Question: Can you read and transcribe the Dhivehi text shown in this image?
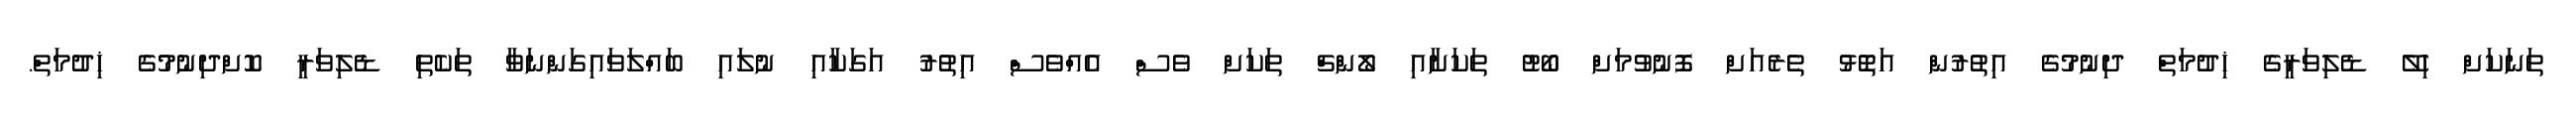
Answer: ތަނަކަށް ހިލޭ ޑެލިވަރީގެ ޚިދުމަތް ދިނުމުގެ އިތުރުން އަތޮޅު ތެރެއަށް ފޮނުވުމަށް ބޯޓު ތަކަށާއި ލޯންޗް ތަކަށް ވެސް އެއްވެސް އިތުރު އަގަކާއި ނުލައި ބައްލަވައިގަންނަވާ ތަކެތި ޑެލިވަރީ ކޮށްދިނުމުގެ ޚިދުމަތް.